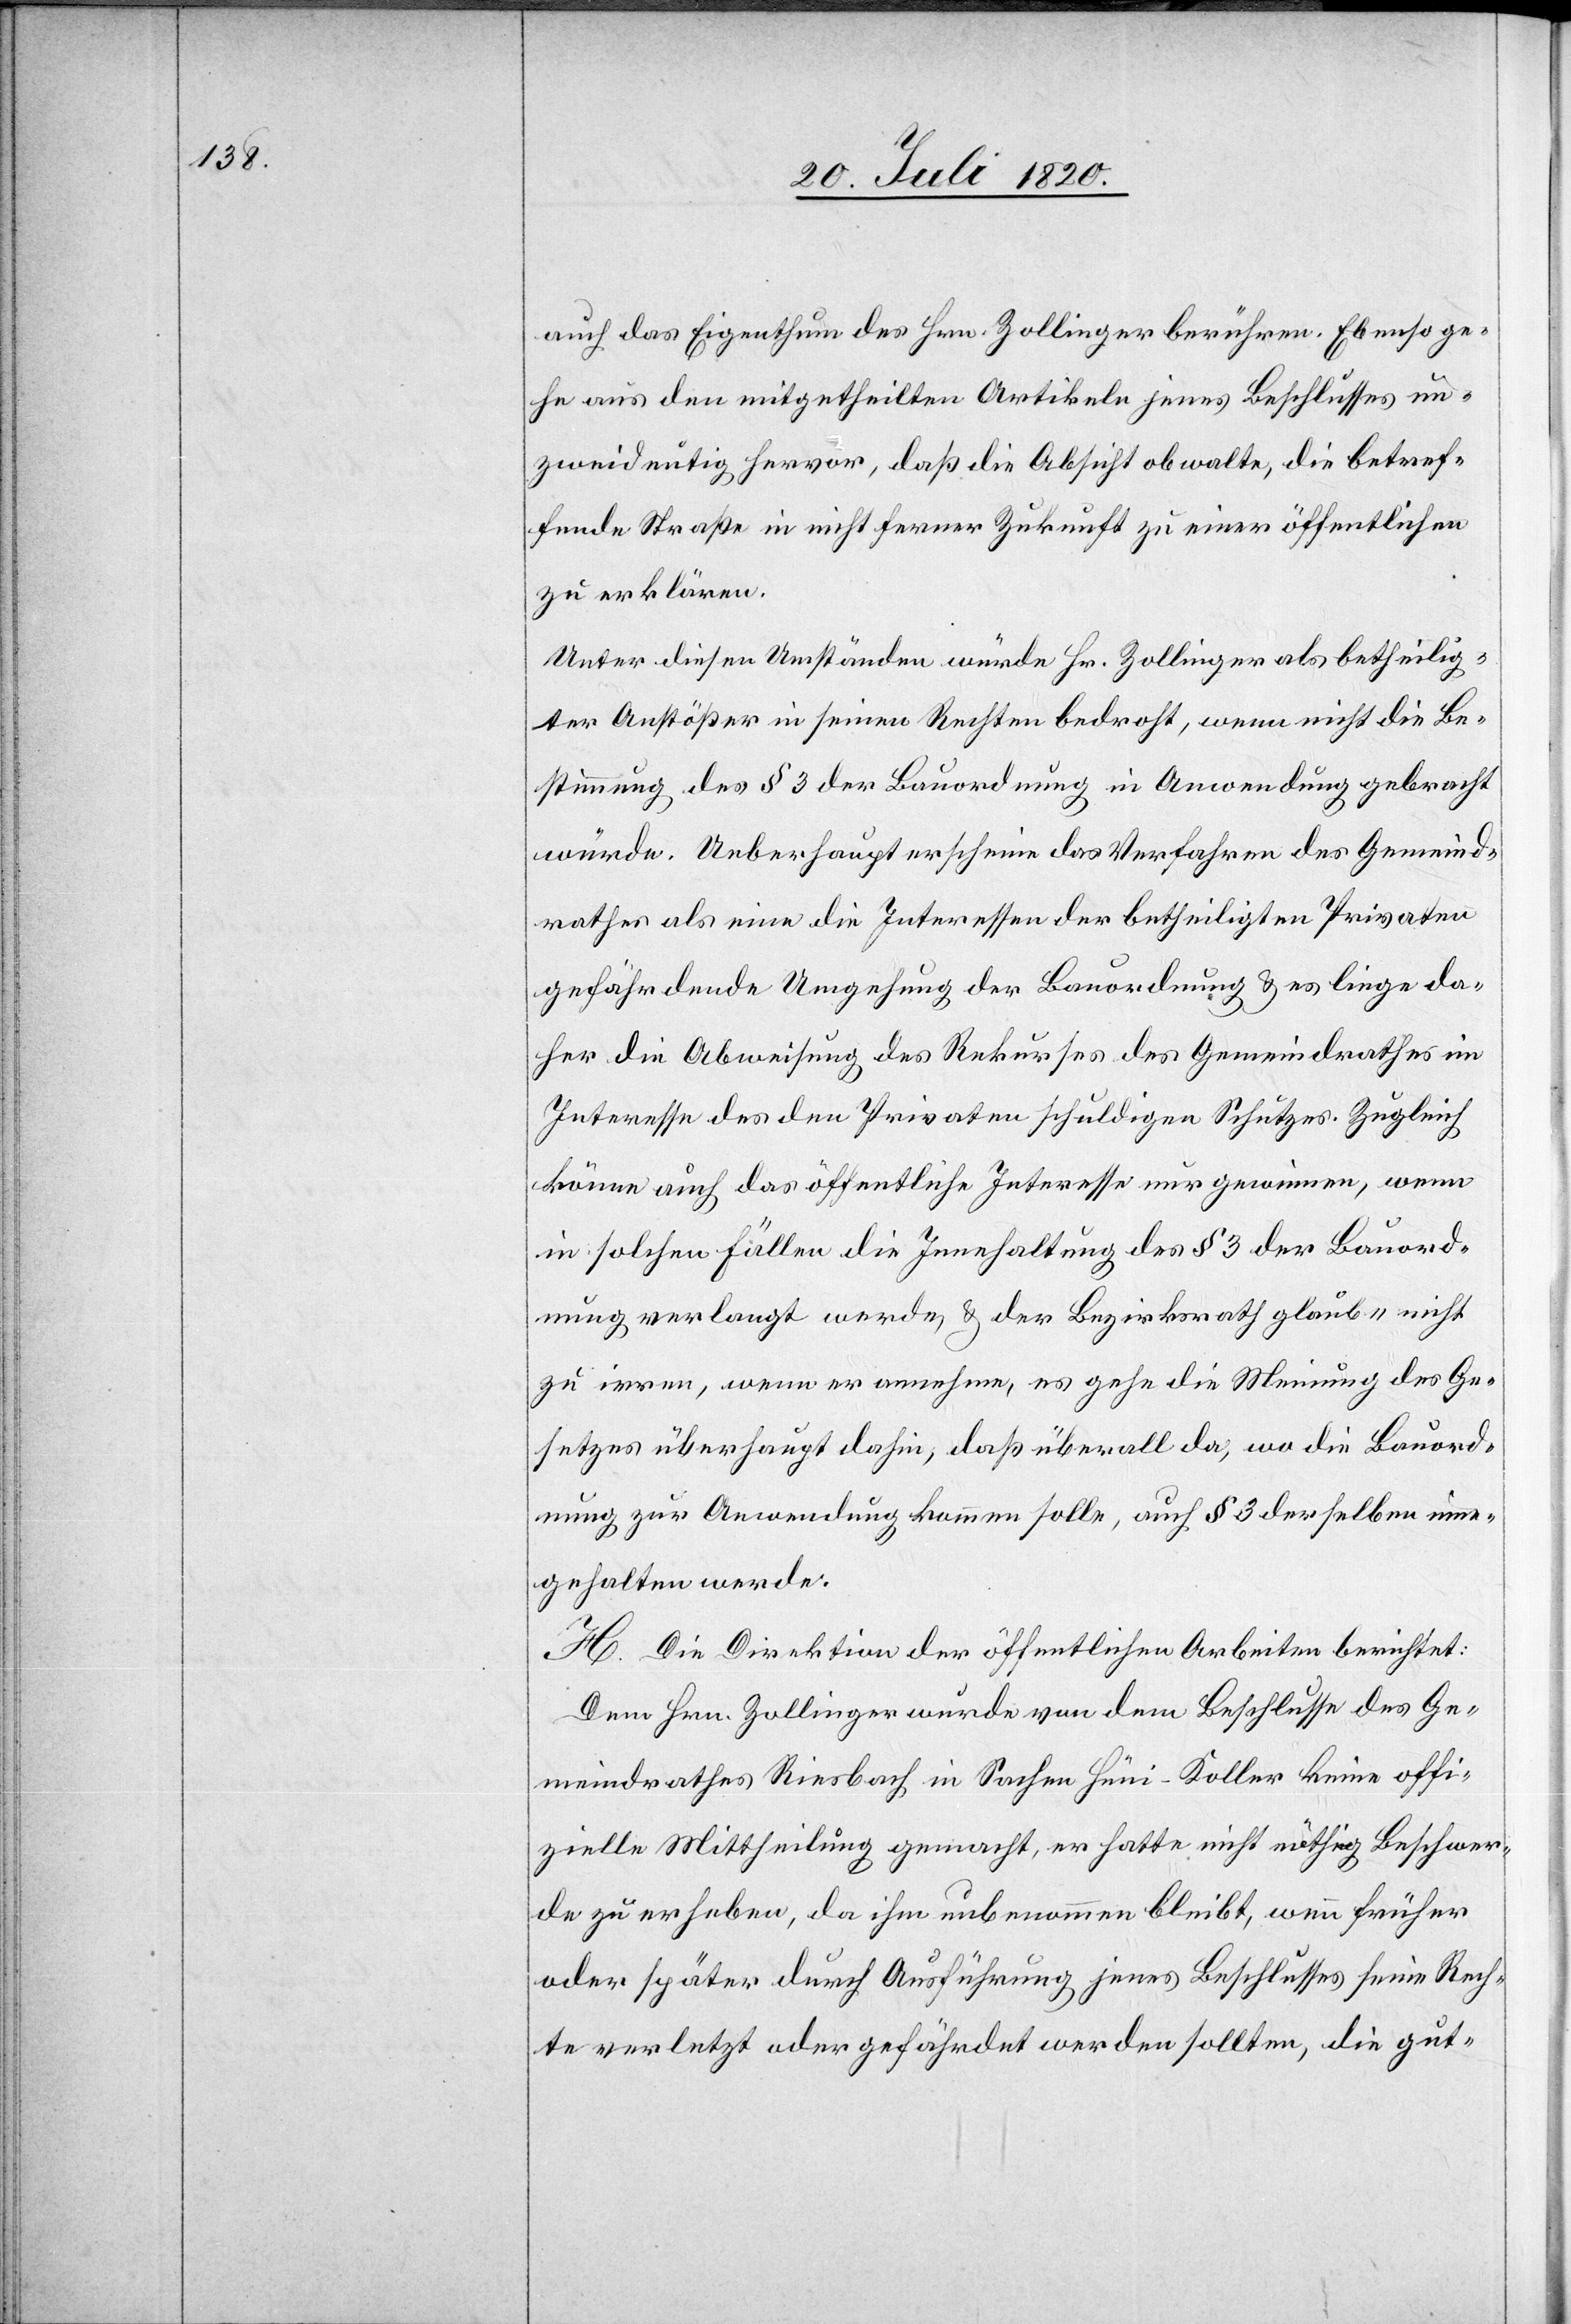
auch das Eigenthum des Hrn. Zollinger berühren. Ebenso ge¬
he aus den mitgetheilten Artikeln jenes Beschlusses un¬
zweideutig hervor, daß die Absicht obwalte, die betref¬
fende Straße in nicht ferner Zukunft zu einer öffentlichen
zu erklären.
Unter diesen Umständen würde Hr. Zollinger als betheilig¬
ter Anstößer in seinen Rechten bedroht, wenn nicht die Be¬
stimmung des § 3 der Bauordnung in Anwendung gebracht
würde. Ueberhaupt erscheine das Verfahren des Gemeind¬
rathes als eine die Interessen der betheiligten Privaten
gefährdende Umgehung der Bauordnung u. es liege da¬
her die Abweisung des Rekurses des Gemeindrathes im
Interesse des den Privaten schuldigen Schutzes. Zugleich
könne auch das öffentliche Interesse nur gewinnen, wenn
in solchen Fällen die Innehaltung des § 3 der Bauord¬
nung verlangt werde u. der Bezirksrath glaube nicht
zu irren, wenn er annehme, es gehe die Meinung des Ge¬
setzes überhaupt dahin, daß überall da, wo die Bauord¬
nung zur Anwendung kommen solle, auch § 3 derselben inne¬
gehalten werde.
H. Die Direktion der öffentlichen Arbeiten berichtet:
Dem Hrn. Zollinger wurde von dem Beschlusse des Ge¬
meindrathes Riesbach in Sachen Hüni-Koller keine offi¬
zielle Mittheilung gemacht, er hatte nicht nöthig Beschwer¬
de zu erheben, da ihm unbenommen bleibt, wenn früher
oder später durch Ausführung jenes Beschlusses seine Rech¬
te verletzt oder gefährdet werden sollten, die gut-